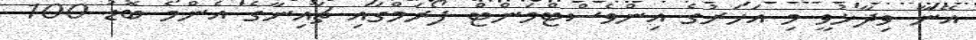
އޭނާ ވިދާޅުވީ މި އަހަރުގެ އިންވެސްޓްމަންޓް ފޯރަމްގައި ޗައިނާގެ އެންމެ ބޮޑު 100